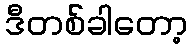
ဒီတစ်ခါတော့